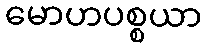
မောဟပစ္စယာ